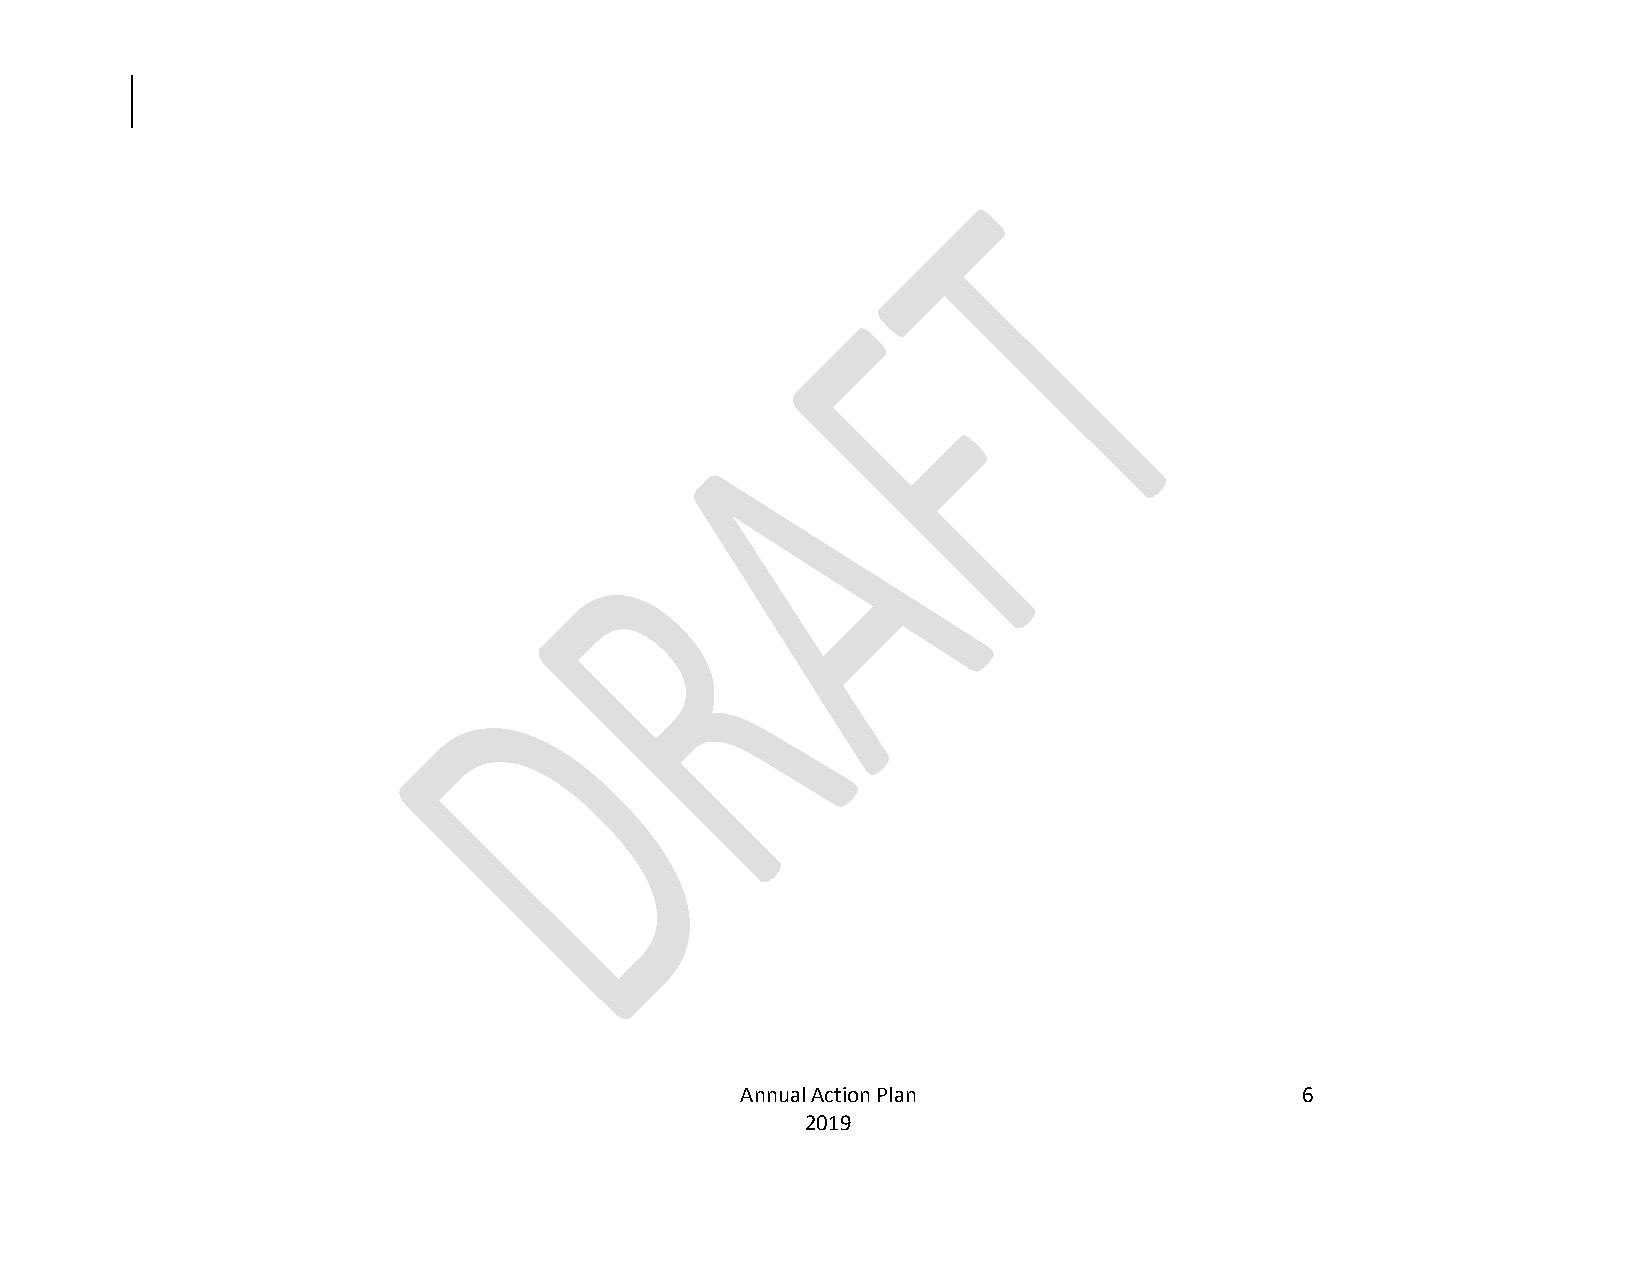
Annual Action Plan                   6
 2019